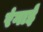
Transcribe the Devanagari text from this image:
रंगाईं